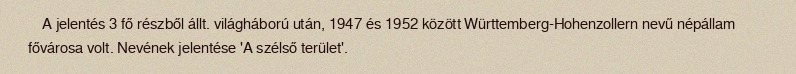
A jelentés 3 fő részből állt. világháború után, 1947 és 1952 között Württemberg-Hohenzollern nevű népállam fővárosa volt. Nevének jelentése 'A szélső terület'.